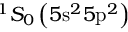
^ 1 S _ { 0 } \left( 5 \mathrm { s } ^ { 2 } 5 \mathrm { p } ^ { 2 } \right)